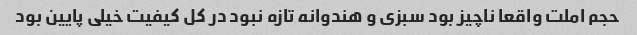
حجم املت واقعا ناچیز بود سبزی و هندوانه تازه نبود در کل کیفیت خیلی پایین بود